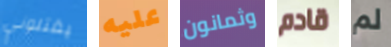
يقتلوني عليه وثمانون قادم لم